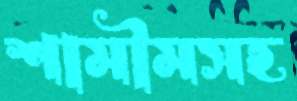
শামীমসহ